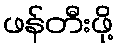
ဖန်တီးဖို့